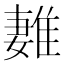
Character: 𨿩